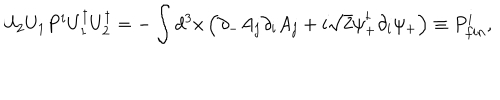
U _ { 2 } U _ { 1 } P ^ { i } U _ { 1 } ^ { \dagger } U _ { 2 } ^ { \dagger } = - \int d ^ { 3 } x \left( \partial _ { - } A _ { j } \partial _ { i } A _ { j } + i \sqrt { 2 } \psi _ { + } ^ { \dagger } \partial _ { i } \psi _ { + } \right) \equiv P _ { { f i n } } ^ { i } ,